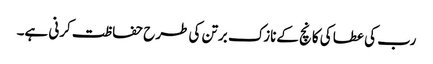
رب کی عطا کی کانچ کےنازک برتن کی طرح حفاظت کرنی ہے۔